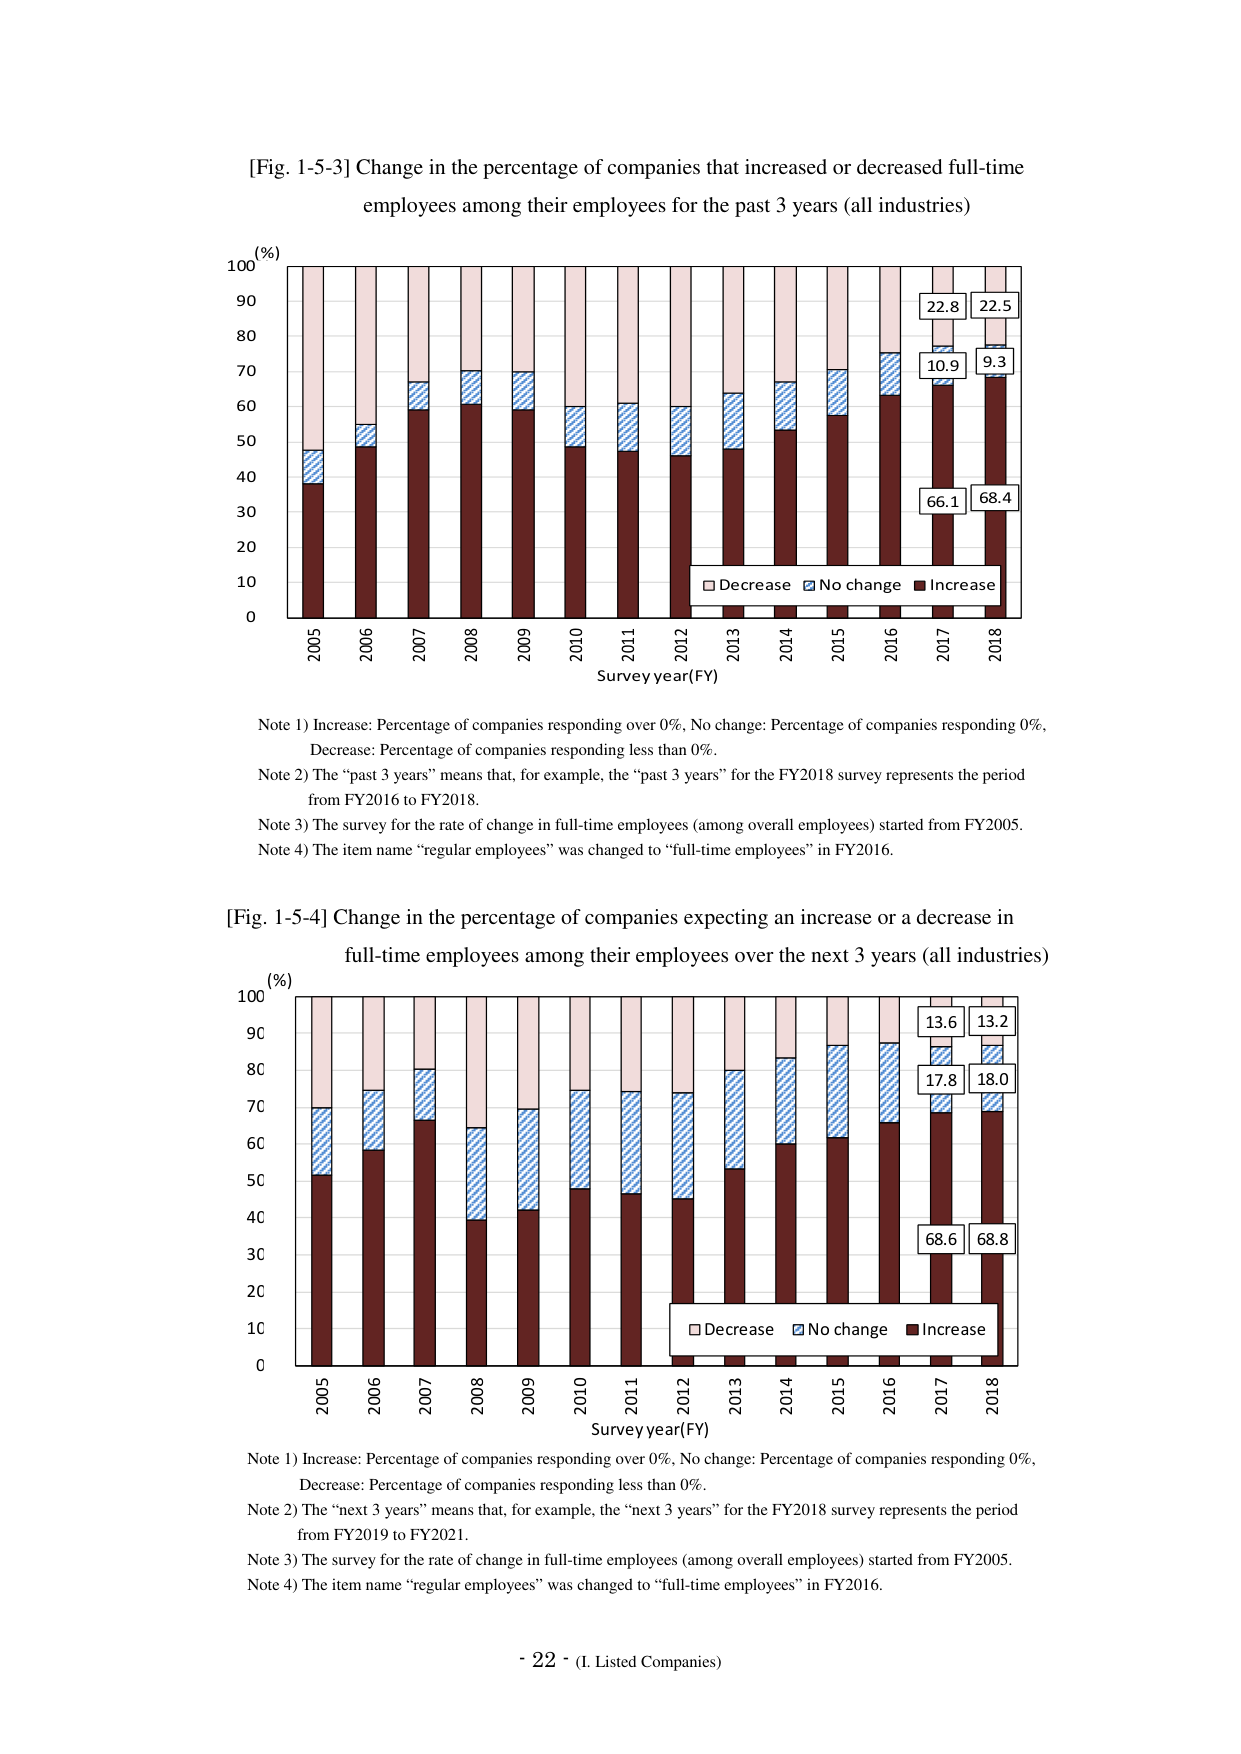
[Fig. 1-5-3] Change in the percentage of companies that increased or decreased full-time employees among their employees for the past 3 years (all industries)

(%)
100
90
80
70
60
50
40
30
20
10
0

2005  2006  2007  2008  2009  2010  2011  2012  2013  2014  2015  2016  2017  2018
Survey year (FY)

□ Decrease  ■ No change  ■ Increase

22.8
10.9
66.1

22.5
9.3
68.4

Note 1) Increase: Percentage of companies responding over 0%, No change: Percentage of companies responding 0%, Decrease: Percentage of companies responding less than 0%.
Note 2) The “past 3 years” means that, for example, the “past 3 years” for the FY2018 survey represents the period from FY2016 to FY2018.
Note 3) The survey for the rate of change in full-time employees (among overall employees) started from FY2005.
Note 4) The item name “regular employees” was changed to “full-time employees” in FY2016.

[Fig. 1-5-4] Change in the percentage of companies expecting an increase or a decrease in full-time employees among their employees over the next 3 years (all industries)

(%)
100
90
80
70
60
50
40
30
20
10
0

2005  2006  2007  2008  2009  2010  2011  2012  2013  2014  2015  2016  2017  2018
Survey year (FY)

□ Decrease  ■ No change  ■ Increase

13.6
17.8
68.6

13.2
18.0
68.8

Note 1) Increase: Percentage of companies responding over 0%, No change: Percentage of companies responding 0%, Decrease: Percentage of companies responding less than 0%.
Note 2) The “next 3 years” means that, for example, the “next 3 years” for the FY2018 survey represents the period from FY2019 to FY2021.
Note 3) The survey for the rate of change in full-time employees (among overall employees) started from FY2005.
Note 4) The item name “regular employees” was changed to “full-time employees” in FY2016.

- 22 - (I. Listed Companies)